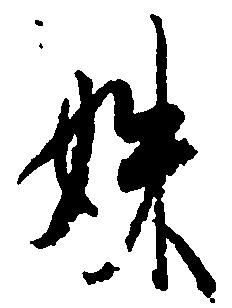
妹